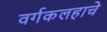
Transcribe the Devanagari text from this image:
वर्गकलहाचे